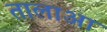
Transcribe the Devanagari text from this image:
तालाआ